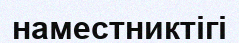
наместниктігі